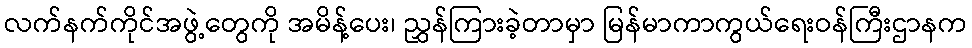
လက်နက်ကိုင်အဖွဲ့တွေကို အမိန့်ပေး၊ ညွှန်ကြားခဲ့တာမှာ မြန်မာကာကွယ်ရေးဝန်ကြီးဌာနက